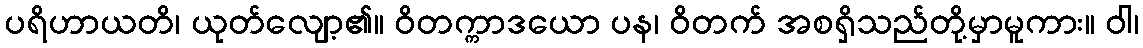
ပရိဟာယတိ၊ ယုတ်လျော့၏။ ဝိတက္ကာဒယော ပန၊ ဝိတက် အစရှိသည်တို့မှာမူကား။ ဝါ၊